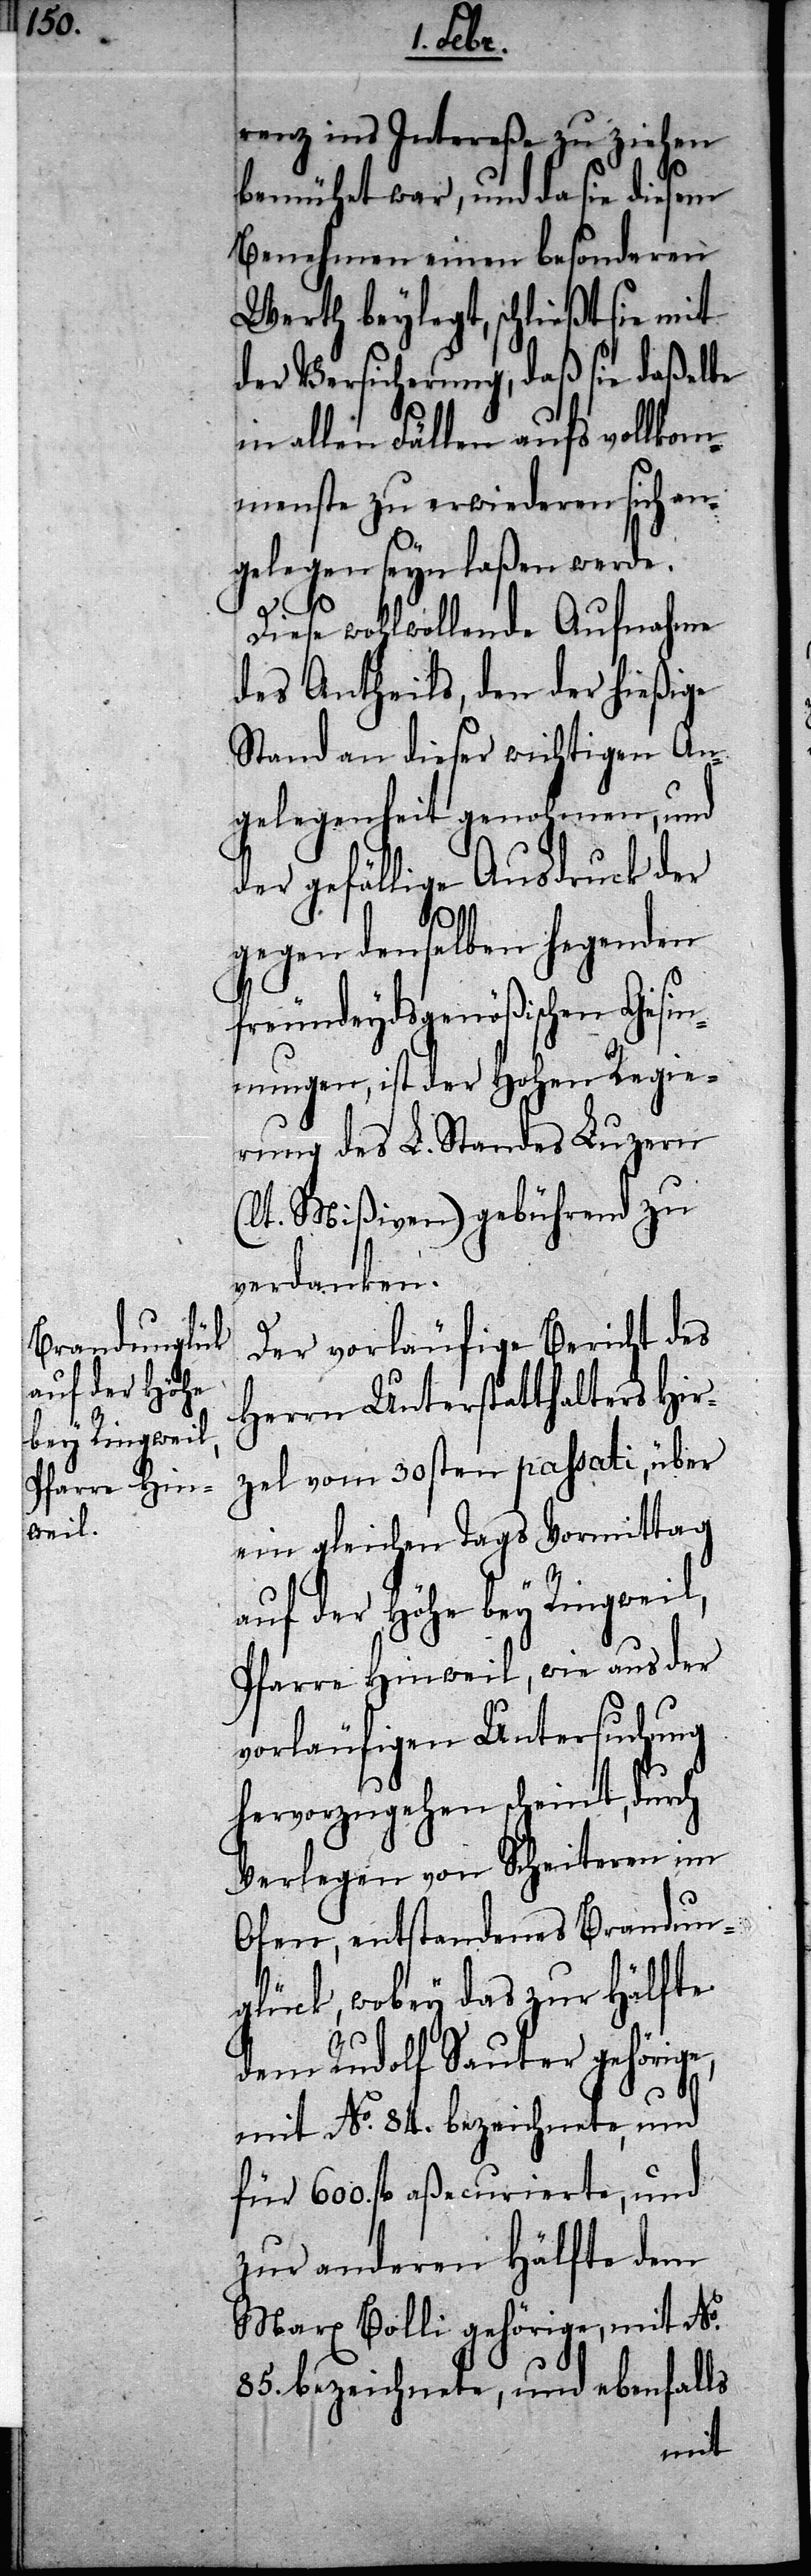
auf der Höhe
bey Ringweil,

renz ins Intereße zu ziehen
bemühet war, und da sie diesem
Benehmen einen besonderen
Werth beylegt, schließt sie mit
der Versicherung, daß sie daßelbe
in allen Fällen aufs vollkom¬
menste zu erwiederen sich an¬
gelegen seyn laßen werde.
Diese wohlwollende Aufnahme
des Antheils, den der hießige
Stand an dieser wichtigen An¬
gelegenheit genohmen, und
der gefällige Ausdruck der
gegen denselben hegenden
freundeydsgenößischen Gesin¬
nungen, ist der Hohen Regie¬
rung des L. Standes Luzern
(lt. Mißiven) gebührend zu
verdanken.
Der vorläufige Bericht des
Herrn Unterstatthalters Hir¬
zel vom 30sten passati, über
ein gleichen Tags Vormittag
Pfarre Hinweil, wie aus der
vorläufigen Untersuchung
hervorzugehen scheint, durch
Verlegen von Scheiteren im
Ofen, entstandenes Brandun¬
glück, wobey das zur Hälfte
dem Rudolf Sauter gehörige,
mit No. 84. bezeichnete, und
fl. 600 aßecurierte, und
zur anderen Hälfte dem
Marx Bolli gehörige, mit No.
85. bezeichnete, und ebenfalls